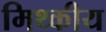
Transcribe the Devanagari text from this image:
मिथ्कीय